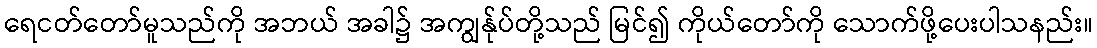
ရေငတ်တော်မူသည်ကို အဘယ် အခါ၌ အကျွန်ုပ်တို့သည် မြင်၍ ကိုယ်တော်ကို သောက်ဖို့ပေးပါသနည်း။